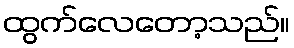
ထွက်လေတော့သည်။